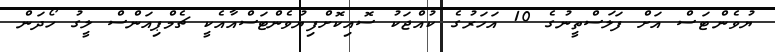
ޔުވެންޓަސް އަށް ފަލަސްތީނުގެ 10 އަހަރުގެ ކުއްޖަކު ސޮއިކޮށްފިޔުވެންޓަސްއާއެކީ ޗެމްޕިއަންސް ލީގު ހޯދަން